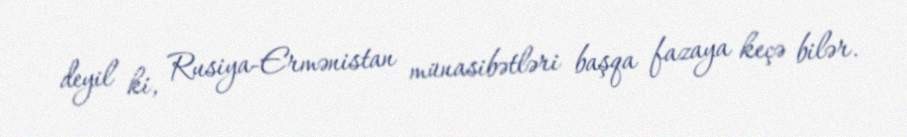
deyil ki, Rusiya-Ermənistan münasibətləri başqa fazaya keçə bilər.